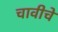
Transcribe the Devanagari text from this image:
चावीचे